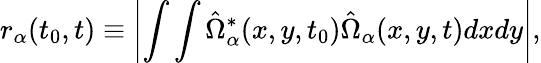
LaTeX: r_{\alpha}(t_{0},t)\equiv\left|\int\int\hat{\Omega}_{\alpha}^{*}(x,y,t_{0})\hat{\Omega}_{\alpha}(x,y,t)dxdy\right|,